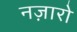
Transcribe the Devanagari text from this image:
नज़ारो